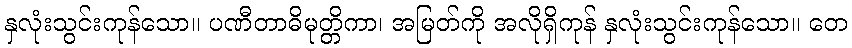
နှလုံးသွင်းကုန်သော။ ပဏီတာဓိမုတ္တိကာ၊ အမြတ်ကို အလိုရှိကုန် နှလုံးသွင်းကုန်သော။ တေ